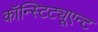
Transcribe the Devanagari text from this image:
कॉन्स्टिट्यूएन्ट